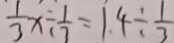
\frac { 1 } { 3 } x \div \frac { 1 } { 7 } = 1 . 4 \div \frac { 1 } { 3 }